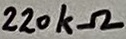
Text: 220kΩ